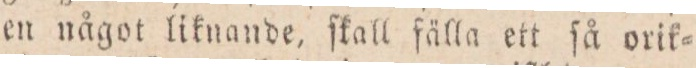
en något liknande, ſkall fälla ett ſå orik=